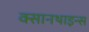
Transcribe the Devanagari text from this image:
क्सानथाइन्स